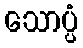
သောပ္ပံ